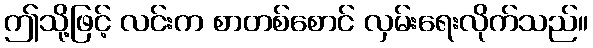
ဤသို့ဖြင့် လင်းက စာတစ်စောင် လှမ်းရေးလိုက်သည်။